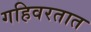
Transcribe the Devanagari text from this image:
गहिवरतात